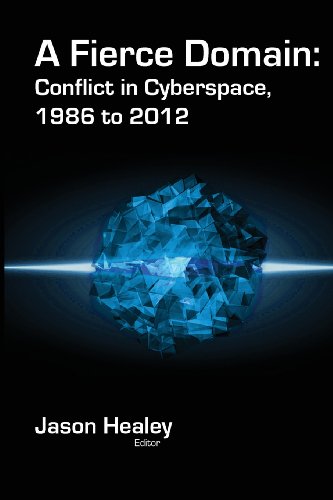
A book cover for A Fierce Domain: Conflict in Cyberspace, 1986 to 2012; Computers & Technology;